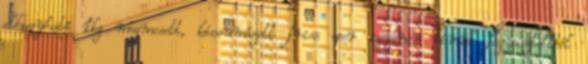
elhagyható 1kg megmosott, kicsumázott friss eper szezonon kívül fagyasztottból